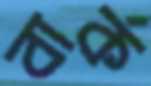
বার্ক